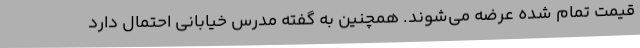
قیمت تمام شده عرضه می‌شوند. همچنین به گفته مدرس خیابانی احتمال دارد